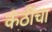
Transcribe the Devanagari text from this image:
कंठींचा